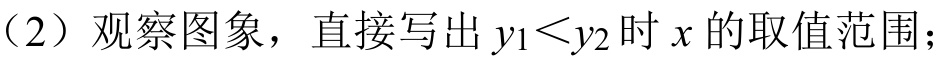
（2）观察图象，直接写出 \(y_1<y_2\) 时 \(x\) 的取值范围；